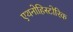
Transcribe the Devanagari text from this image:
एथनोहिस्टोरिक